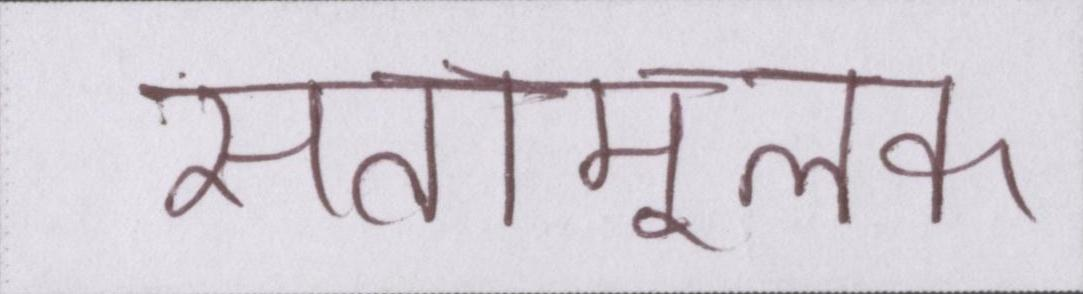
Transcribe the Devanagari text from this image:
सत्तामूलक